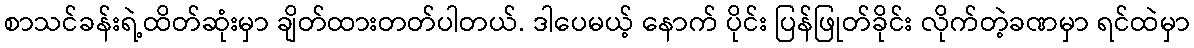
စာသင်ခန်းရဲ့ထိတ်ဆုံးမှာ ချိတ်ထားတတ်ပါတယ်. ဒါပေမယ့် နောက် ပိုင်း ပြန်ဖြုတ်ခိုင်း လိုက်တဲ့ခဏမှာ ရင်ထဲမှာ